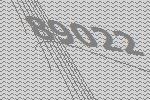
89022